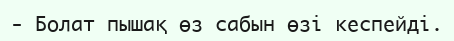
-	Болат пышақ өз сабын өзі кеспейді.